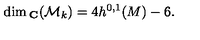
\dim { } _ { { \bf C } } ( { \cal M } _ { k } ) = 4 h ^ { 0 , 1 } ( M ) - 6 .